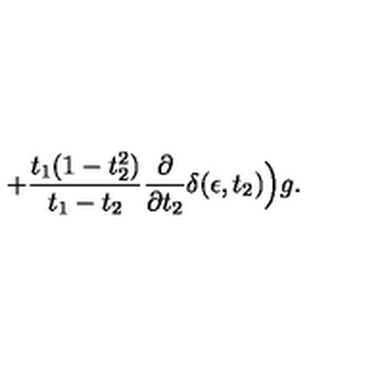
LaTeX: + { \frac { t _ { 1 } ( 1 - t _ { 2 } ^ { 2 } ) } { t _ { 1 } - t _ { 2 } } } { \frac { \partial } { \partial t _ { 2 } } } \delta ( \epsilon , t _ { 2 } ) \Big ) g .